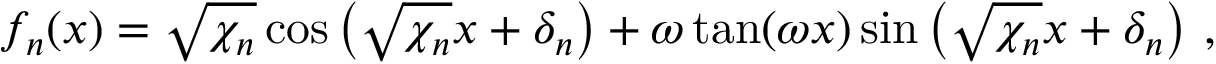
f _ { n } ( x ) = \sqrt { \chi _ { n } } \cos \left( \sqrt { \chi _ { n } } x + \delta _ { n } \right) + \omega \tan ( \omega x ) \sin \left( \sqrt { \chi _ { n } } x + \delta _ { n } \right) \, ,